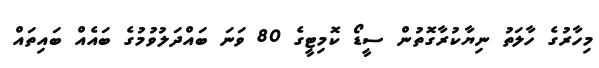
މިހާރުގެ ހާލަތު ނިޔާކުރާގޮތުން ސީޑޯ ކޮމިޓީގެ 80 ވަަނަ ބައްދަލުވުމުގެ ބައެއް ބައިތައް